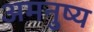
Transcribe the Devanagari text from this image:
अमनुष्य